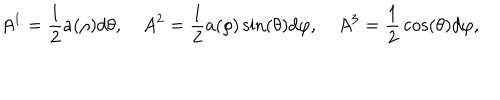
A ^ { 1 } = { \frac { 1 } { 2 } } a ( \rho ) d \theta , \quad A ^ { 2 } = { \frac { 1 } { 2 } } a ( \rho ) \sin ( \theta ) d \varphi , \quad A ^ { 3 } = { \frac { 1 } { 2 } } \cos ( \theta ) d \varphi ,